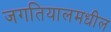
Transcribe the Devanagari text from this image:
जगतियालमधील